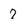
Character: 7